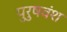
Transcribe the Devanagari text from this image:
पुरुषवंश